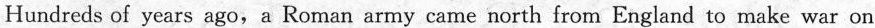
Hundredsof years ago,a Roman army came north from England to make war on